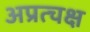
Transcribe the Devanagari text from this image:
अप्रत्चक्ष